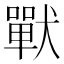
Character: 𰡧